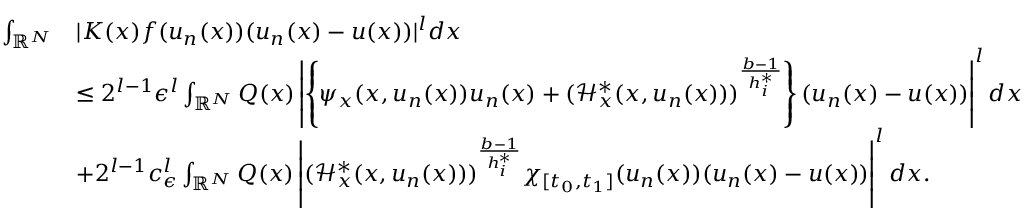
\begin{array} { r l } { \int _ { { \mathbb R } ^ { N } } } & { | K ( x ) f ( u _ { n } ( x ) ) ( u _ { n } ( x ) - u ( x ) ) | ^ { l } d x } \\ & { \leq 2 ^ { l - 1 } \epsilon ^ { l } \int _ { { \mathbb R } ^ { N } } Q ( x ) \left| \left\lbrace \psi _ { x } ( x , u _ { n } ( x ) ) u _ { n } ( x ) + ( \mathcal { H } _ { x } ^ { * } ( x , u _ { n } ( x ) ) ) ^ { \frac { b - 1 } { h _ { i } ^ { * } } } \right\rbrace ( u _ { n } ( x ) - u ( x ) ) \right| ^ { l } d x } \\ & { + 2 ^ { l - 1 } c _ { \epsilon } ^ { l } \int _ { { \mathbb R } ^ { N } } Q ( x ) \left| ( \mathcal { H } _ { x } ^ { * } ( x , u _ { n } ( x ) ) ) ^ { \frac { b - 1 } { h _ { i } ^ { * } } } \chi _ { [ t _ { 0 } , t _ { 1 } ] } ( u _ { n } ( x ) ) ( u _ { n } ( x ) - u ( x ) ) \right| ^ { l } d x . } \end{array}